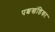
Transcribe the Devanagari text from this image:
पश्चखंडिका